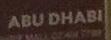
abu